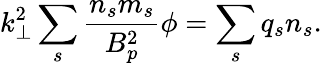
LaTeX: k_{\perp}^{2}\sum_{s}\frac{n_{s}m_{s}}{B_{p}^{2}}\phi=\sum_{s}q_{s}n_{s}.